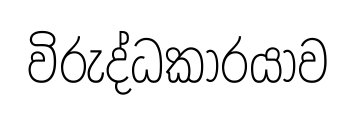
විරුද්ධකාරයාව